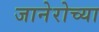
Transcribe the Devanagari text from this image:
जानेरोच्या